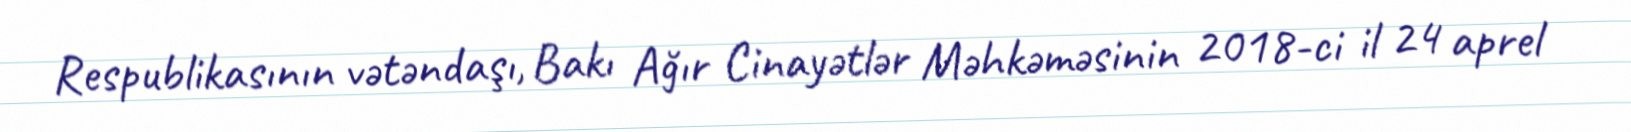
Respublikasının vətəndaşı, Bakı Ağır Cinayətlər Məhkəməsinin 2018-ci il 24 aprel